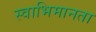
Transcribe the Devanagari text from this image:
स्वाभिमानता